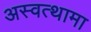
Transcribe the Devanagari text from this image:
अस्वत्थामा